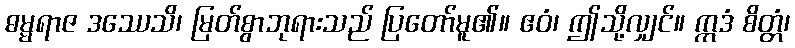
ဓမ္မရာဇ ဒဿေသိ၊ မြတ်စွာဘုရားသည် ပြတော်မူ၏။ ဧဝံ၊ ဤသို့လျှင်။ ဣဒံ စိတ္တံ၊